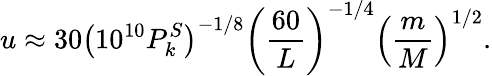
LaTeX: u\approx 30\left(10^{10}P_{k}^{S}\right)^{-1/8}\left({\frac{60}{L}}\right)^{-1/4}\left({\frac{m}{M}}\right)^{1/2}.